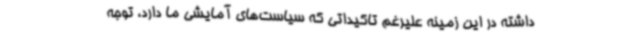
داشته در این زمینه علیرغم تاکیداتی که سیاست‌های آمایشی ما دارد، توجه